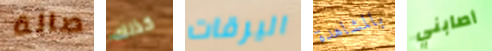
صالة كذلك اليرقات بالمشاهدة أصابني